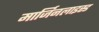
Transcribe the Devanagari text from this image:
मार्जिनलाइस्ड